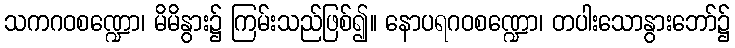
သကဂဝစဏ္ဍော၊ မိမိနွား၌ ကြမ်းသည်ဖြစ်၍။ နောပရဂဝစဏ္ဍော၊ တပါးသောနွားဘော်၌